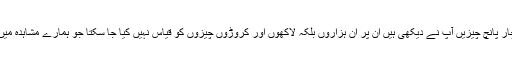
جو دو یا چار پانچ چیزیں آپ نے دیکھی ہیں ان پر ان ہزاروں بلکہ لاکھوں اور کروڑوں چیزوں کو قیاس نہیں کیا جا سکتا جو ہمارے مشاہدہ میں نہیں آئیں۔